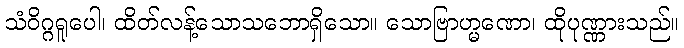
သံဝိဂ္ဂရူပေါ၊ ထိတ်လန့်သောသဘောရှိသော။ သောဗြာဟ္မဏော၊ ထိုပုဏ္ဏားသည်။